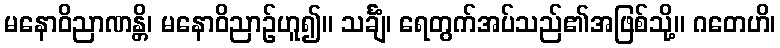
မနောဝိညာဏန္တိ၊ မနောဝိညာဉ်ဟူ၍။ သင်္ချံ၊ ရေတွက်အပ်သည်၏အဖြစ်သို့။ ဂတေဟိ၊